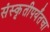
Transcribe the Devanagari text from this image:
संस्कृतीपर्यंतचा